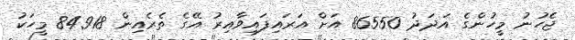
ޖެހުނު މީހުންގެ އަދަދު 86550 އަށް އަރައިފައިވާއިރު އޭގެ ތެރެއިން 84